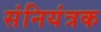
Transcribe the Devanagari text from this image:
संनियंत्रक